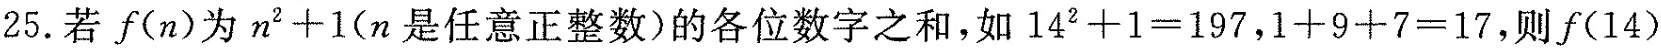
25. 若f(n)为$$n^{2}+1$$(n是任意正整数)的各位数字之和，如$$14^{2}+1=197$$，$$1+9+7=17$$，则f(14)